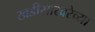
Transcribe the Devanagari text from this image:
खडीसाखरेच्या